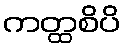
ကတ္ထစိပိ